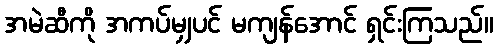
အမဲဆီကို အကပ်မျှပင် မကျန်အောင် ရှင်းကြသည်။